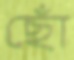
ছোঁ